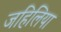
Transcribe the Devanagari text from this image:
जहिलिया